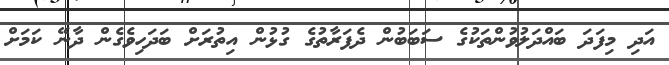
އަދި މިފަދަ ބައްދަލުވުންތަކުގެ ސަބަބުން ދެފަރާތުގެ ގުޅުން އިތުރަށް ބަދަހިވެގެން ދާނޭ ކަމަށް